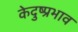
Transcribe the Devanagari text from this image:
केदुष्प्रभाव